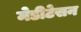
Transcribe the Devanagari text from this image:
मेडीटेसन